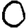
Digit: 0